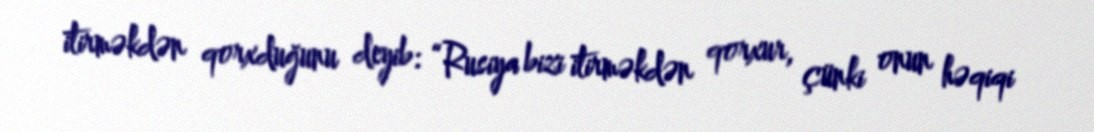
itirməkdən qorxduğunu deyib: “Rusiya bizi itirməkdən qorxur, çünki onun həqiqi